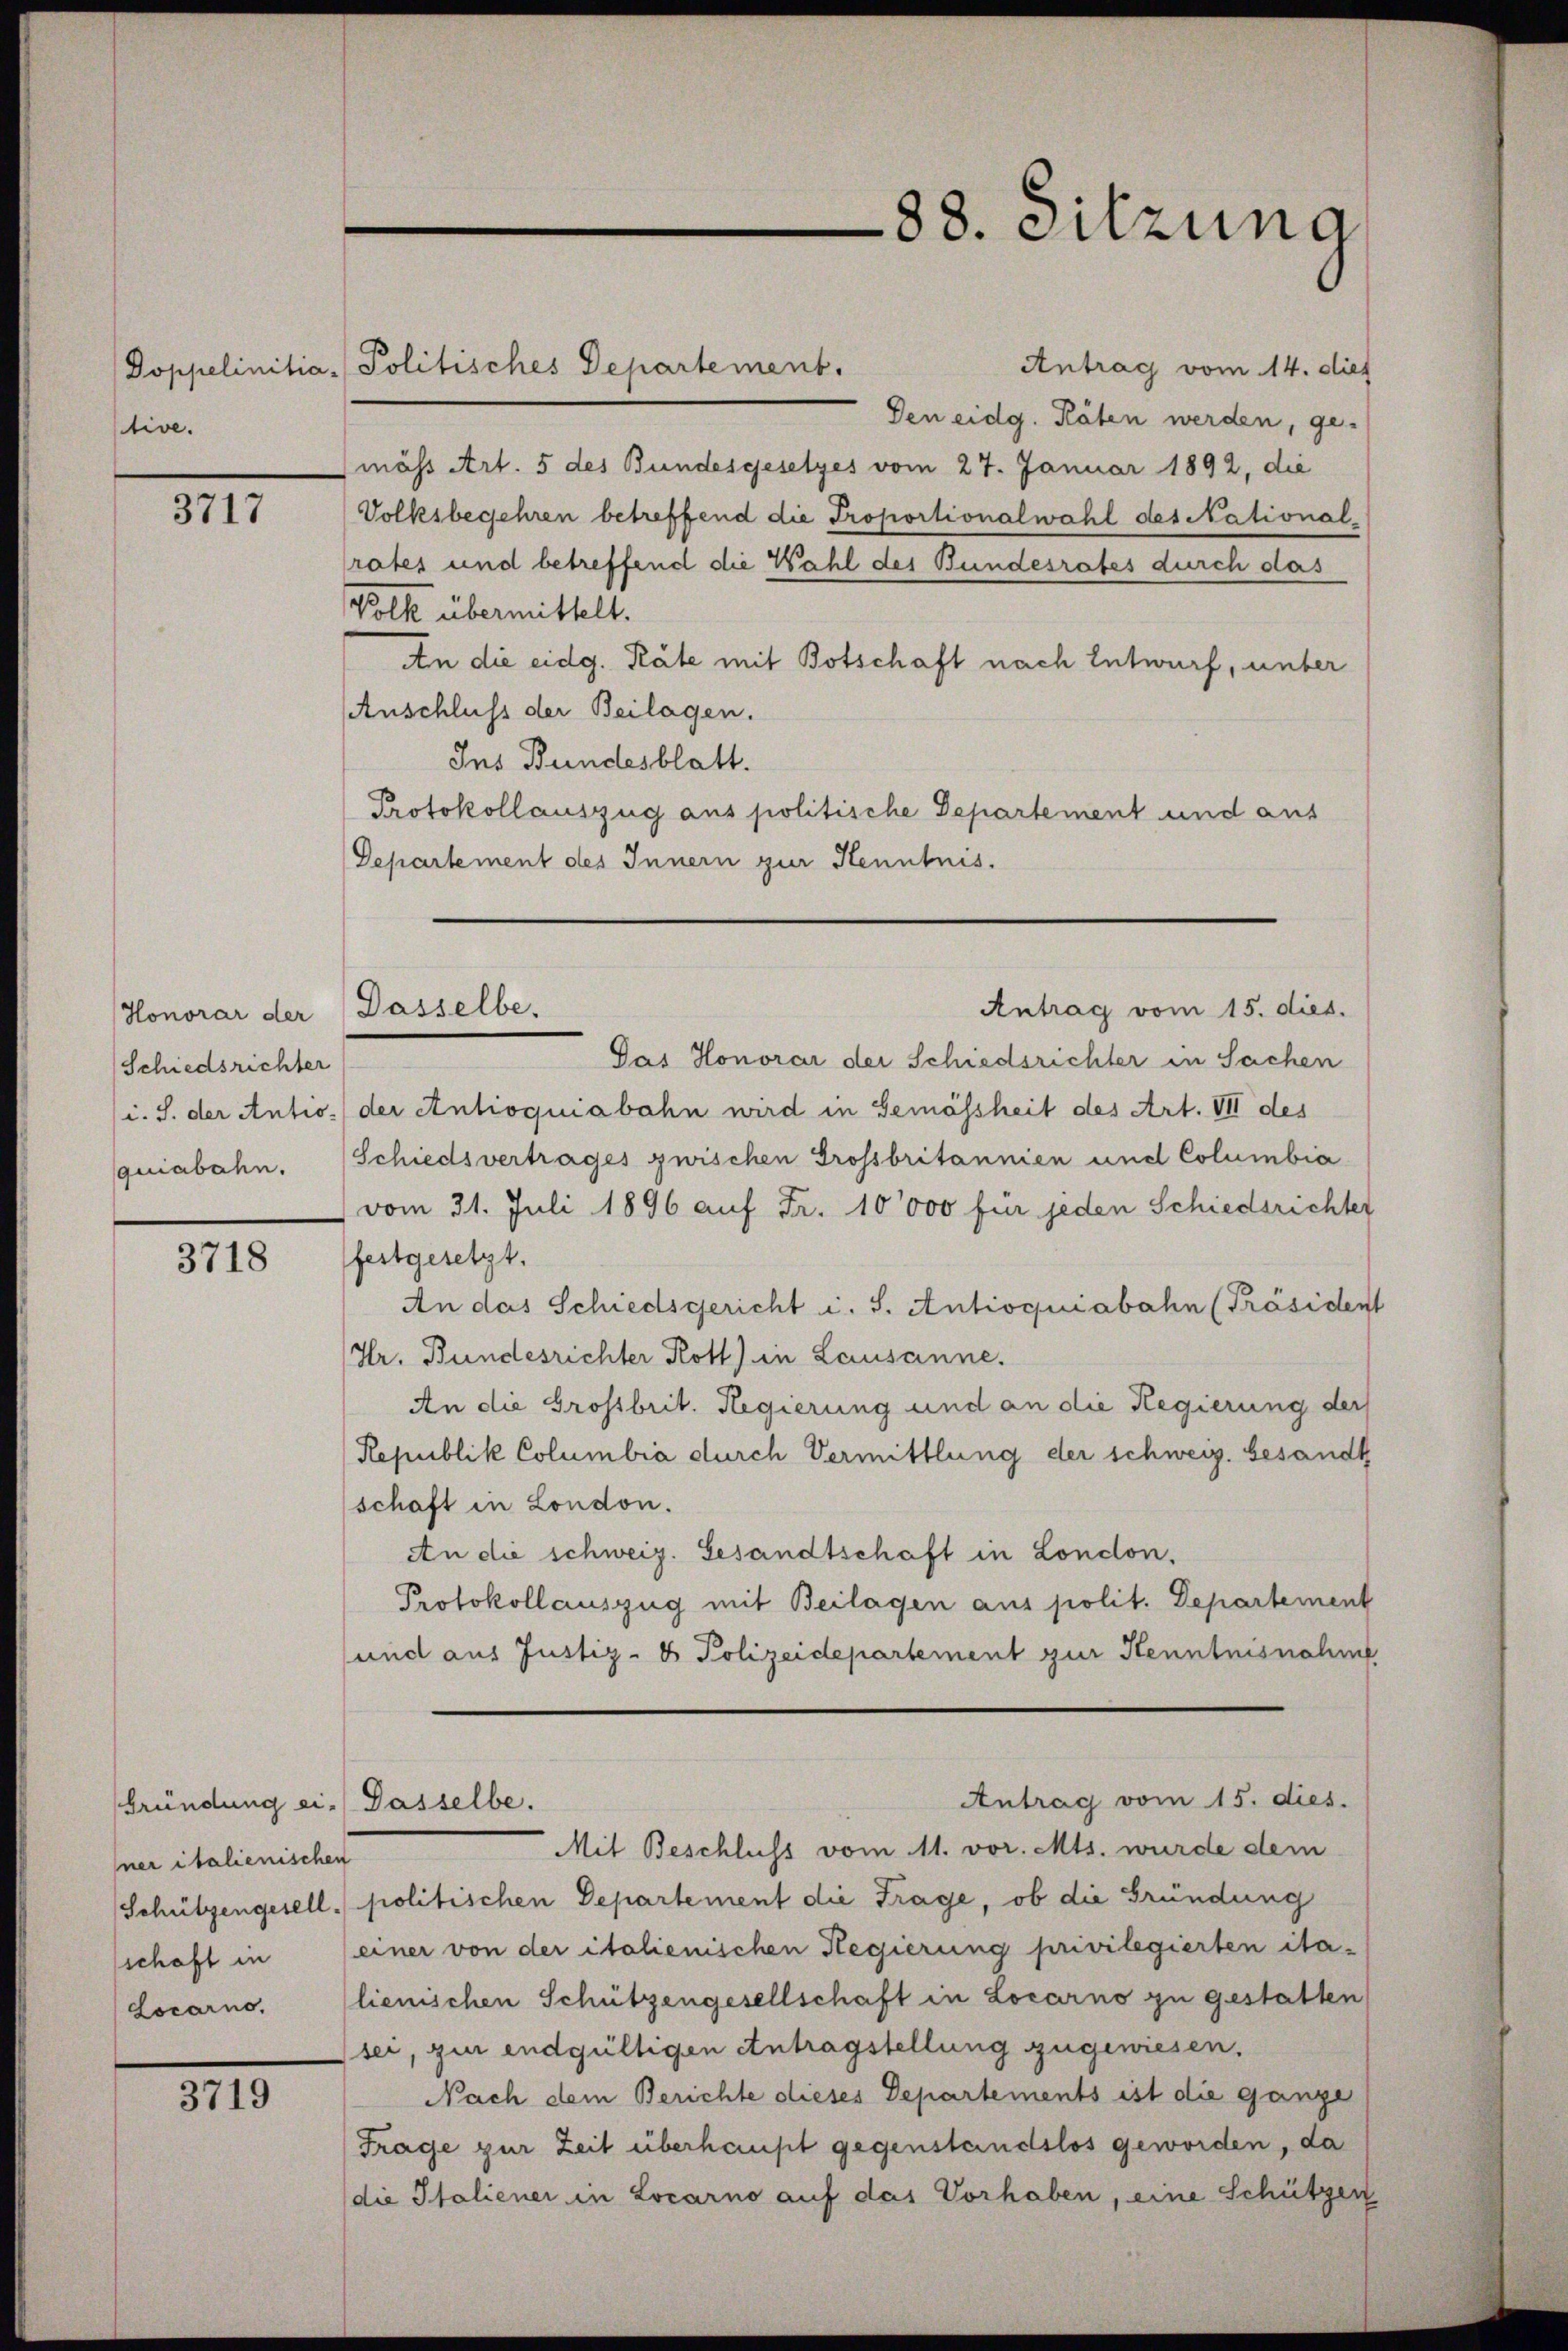
tive.

3717

Honorar der Dasselbe.
Schiedsrichter
quiabahn.

3718

Gründung ei. Dasselbe.
ner italienischen

3719

Antrag vom 14. dies
Doppelinitia - Politisches Departement.
Den eidg. Räten werden, ge-
mäss Art. 5 des Bundesgesetzes vom 27. Januar 1892, die
Volksbegehren betreffend die Proportionalwahl des National-
rates und betreffend die Wahl des Bundesrates durch das
Volk übermittelt.
An die eidg. Räte mit Botschaft nach Entwurf, unter
AAnschluss der Beilagen.
Ins Bundesblatt.
Protokollauszug aus politische Departement und aus
Departement des Innern zur Kenntnis.

88. Sitzung

Antrag vom 15. dies.

Pas Honorar der Schiedsrichter in Sachen
i. S. der Antio. der Antioquiabahn wird in Gemässheit des Art. VII des
Schiedsvertrages zwischen Grossbritannien und Columbia
vom 31. Juli 1896 auf Fr. 10000 für jeden Schiedsrichter
festgesetzt.
An das Schiedsgericht i. S. Antioquiabahn (Präsiden
Hr. Bundesrichter Rott) in Lausanne.
An die Grossbrit. Regierung und an die Regierung der
Republik Columbia durch Vermittlung der schweiz. Gesandt
schaft in London.
An die schweiz. Gesandtschaft in London.
Protokollauszug mit Beilagen aus polit. Departement
und aus Justiz- & Polizeidepartement zur Kenntnisnahme
Antrag vom 15. dies.
Mit Beschluss vom 11. vor. Mts. wurde dem
Schützengesell, politischen Departement die Frage, ob die Gründung
schaft in (einer von der italienischen Regierung privilegierten ita¬
Locarno, lienischen Schützengesellschaft in Locarno zu gestatten
sei, zur endgültigen Antragstellung zugewiesen.
Nach dem Berichte dieses Departements ist die ganze
Frage zur Zeit überhaupt gegenstandslos geworden, da
die Italiener in Locarno auf das Vorhaben, eine Schützen